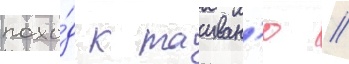
похо́д к таиван'ю //